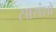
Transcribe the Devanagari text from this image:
सारांशों